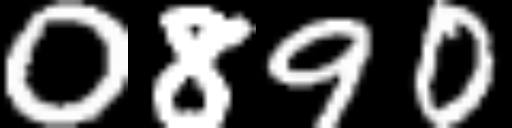
Text: 0890